画像に写った文字を読んでください
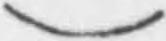
「)」と書いてあります